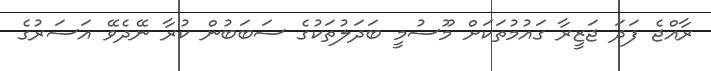
ރާއްޖެ ފަދަ ޖަޒީރާ ގައުމުތަކަށް މޫސުމީ ބަދަލުތަކުގެ ސަބަބުން ކުރާ ނޭދެވޭ އަސަރުގެ